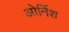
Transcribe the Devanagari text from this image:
ओर्निश